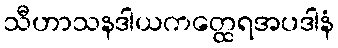
သီဟာသနဒါယကတ္ထေရအပဒါနံ